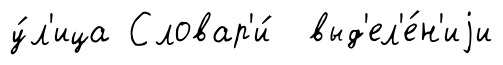
у́л'ица Словар'и́ выд'ел'е́н'иjи